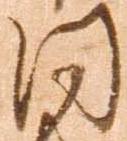
同